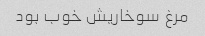
مرغ سوخاریش خوب بود